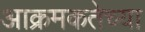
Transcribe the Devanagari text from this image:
आक्रमकतेच्या